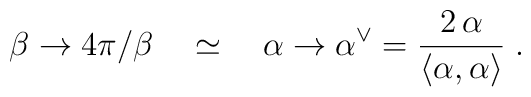
\beta \rightarrow 4\pi /\beta \quad \simeq \quad \alpha \rightarrow \alpha^{\vee }=\frac{2\,\alpha }{\left\langle \alpha ,\alpha \right\rangle }\;.